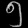
Digit: ၅